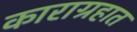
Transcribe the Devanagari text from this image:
काराग्रहात